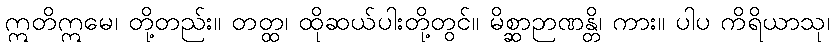
ဣတိဣမေ၊ တို့တည်း။ တတ္ထ၊ ထိုဆယ်ပါးတို့တွင်။ မိစ္ဆာဉာဏန္တိ၊ ကား။ ပါပ ကိရိယာသု၊